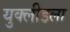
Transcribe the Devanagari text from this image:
युक्लीडला